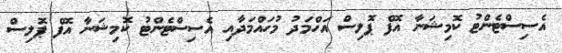
އެސިސްޓެންޓު ކޮމިޝަނާ އޮފް ޕޮލިސް އަހްމަދު މުހައްމަދާއި އެސިސްޓެންޓު ކޮމިޝަނާ އޮފް ޕޮލިސް